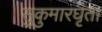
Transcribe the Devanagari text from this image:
सुकुमारघृता